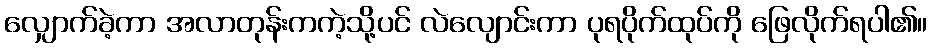
လျှောက်ခဲ့ကာ အလာတုန်းကကဲ့သို့ပင် လဲလျောင်းကာ ပုရပိုက်ထုပ်ကို ဖြေလိုက်ရပါ၏။